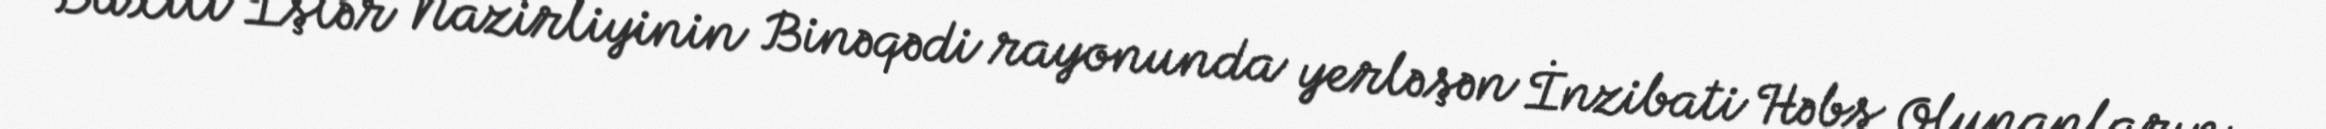
Daxili İşlər Nazirliyinin Binəqədi rayonunda yerləşən İnzibati Həbs Olunanların